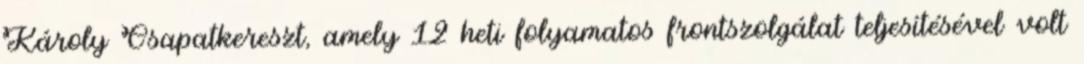
Károly Csapatkereszt, amely 12 heti folyamatos frontszolgálat teljesítésével volt